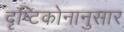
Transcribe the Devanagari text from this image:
दृष्टिकोनानुसार